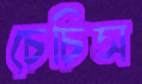
চেচিস